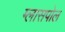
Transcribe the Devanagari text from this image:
ग्लासपोल